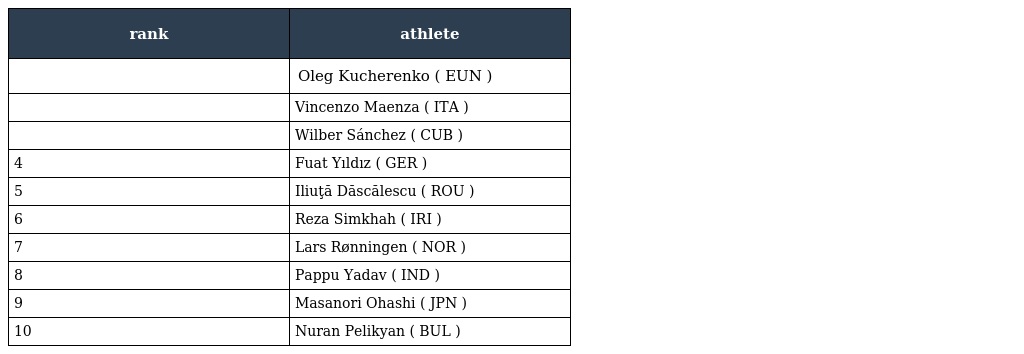
| rank | athlete |
 | --- | --- |
 |  | Oleg Kucherenko ( EUN ) |
 |  | Vincenzo Maenza ( ITA ) |
 |  | Wilber Sánchez ( CUB ) |
 | 4 | Fuat Yıldız ( GER ) |
 | 5 | Iliuţă Dăscălescu ( ROU ) |
 | 6 | Reza Simkhah ( IRI ) |
 | 7 | Lars Rønningen ( NOR ) |
 | 8 | Pappu Yadav ( IND ) |
 | 9 | Masanori Ohashi ( JPN ) |
 | 10 | Nuran Pelikyan ( BUL ) |